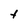
Character: t